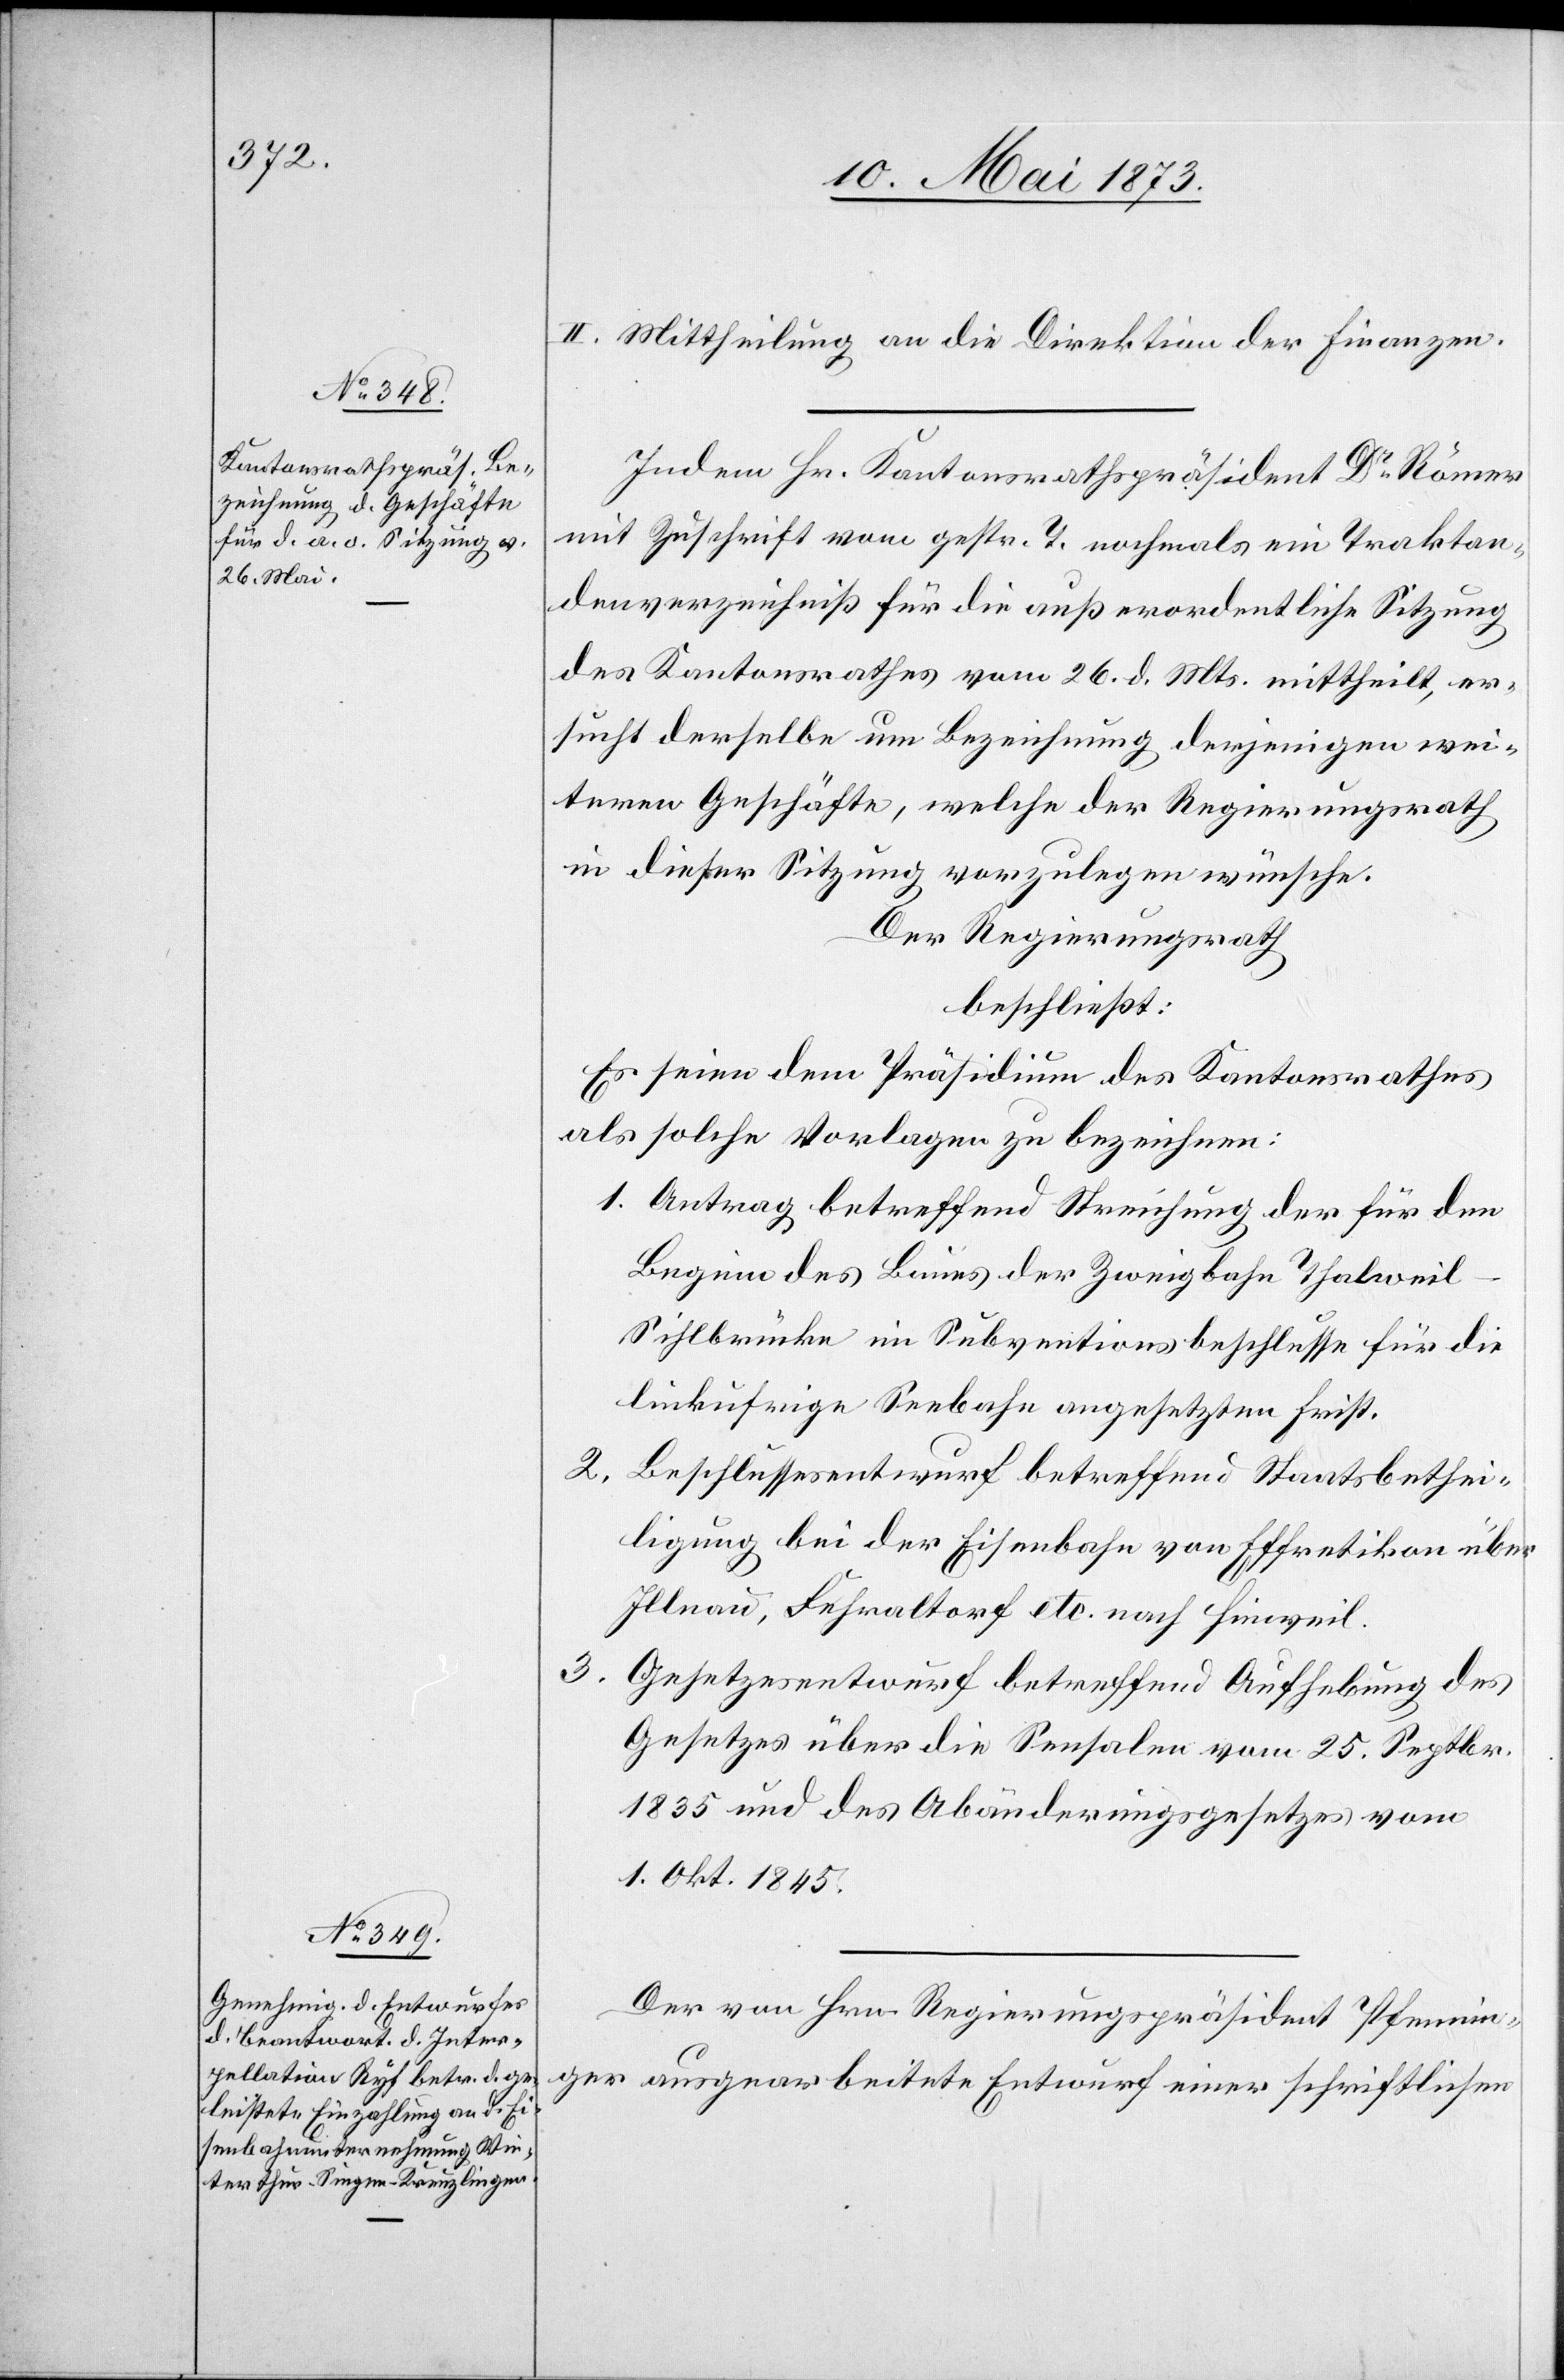
II. Mittheilung an die Direktion der Finanzen.
Indem Hr. Kantonsrathspräsident Dr Römer
mit Zuschrift vom gestr. T. nochmals ein Traktan¬
denverzeichniß für die außerordentliche Sitzung
des Kantonsrathes vom 26. d. Mts. mittheilt, er¬
sucht derselbe um Bezeichnung derjenigen wei¬
teren Geschäfte, welche der Regierungsrath
in dieser Sitzung vorzulegen wünsche.
Der Regierungsrath
beschließt:
Es seien dem Präsidium des Kantonsrathes
als solche Vorlagen zu bezeichnen:
1. Antrag betreffend Streichung der für den
Beginn des Baues der Zweigbahn Thalwei¬
l–Sihlbrücke im Subventionsbeschlusse für die
linkufrige Seebahn angesetzten Frist.
2.
Beschlussesentwurf betreffend Staatsbethei¬
ligung bei der Eisenbahn von Effretikon über
Illnau, Fehraltorf etc. nach Hinweil.
3. Gesetzesentwurf betreffend Aufhebung des
Gesetzes über die Sensalen vom 25. Septbr.
1835 und des Abänderungsgesetzes vom
1. Okt. 1845.
Der von Hrn. Regierungspräsident Pfennin¬
ger ausgearbeitete Entwurf einer schriftlichen